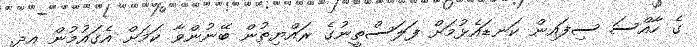
ގެ ހާއްސަ ސިފައިން ކަނޑައެޅުމަށް ފަލަސްތީނުގެ ރައްޔިތުން ބޭނުންވާ ކަމަށް އެގައުމުން އދ.